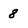
Character: 8